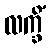
လက္ခိံ